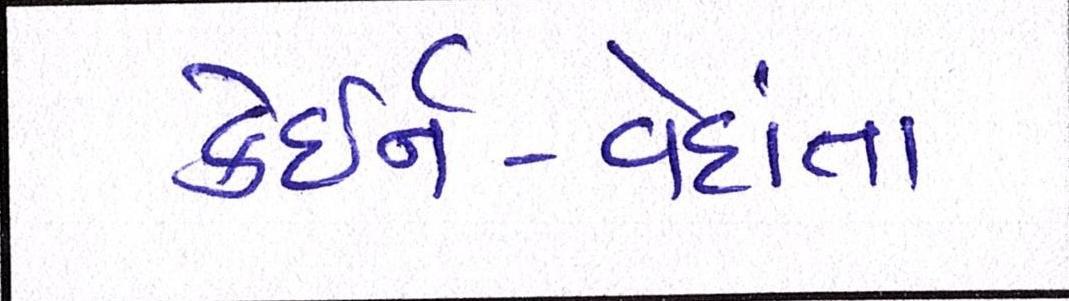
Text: કેઇર્ન-વેદાંતા